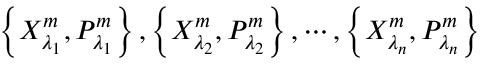
\left\{ X _ { { \lambda } _ { 1 } } ^ { m } , P _ { { \lambda } _ { 1 } } ^ { m } \right\} , \left\{ X _ { { \lambda } _ { 2 } } ^ { m } , P _ { { \lambda } _ { 2 } } ^ { m } \right\} , \cdots , \left\{ X _ { { \lambda } _ { n } } ^ { m } , P _ { { \lambda } _ { n } } ^ { m } \right\}